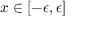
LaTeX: x \in [ - \epsilon , \epsilon ]